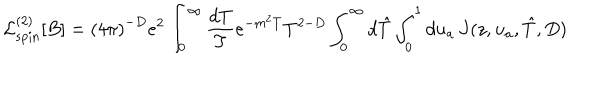
{ \cal L } _ { \mathrm { s p i n } } ^ { ( 2 ) } [ B ] = { ( 4 \pi ) } ^ { - D } e ^ { 2 } \int _ { 0 } ^ { \infty } { \frac { d T } { T } } e ^ { - m ^ { 2 } T } T ^ { 2 - D } \int _ { 0 } ^ { \infty } d \hat { T } \int _ { 0 } ^ { 1 } d u _ { a } \, J ( z , u _ { a } , \hat { T } , D ) \, \nonumber \,